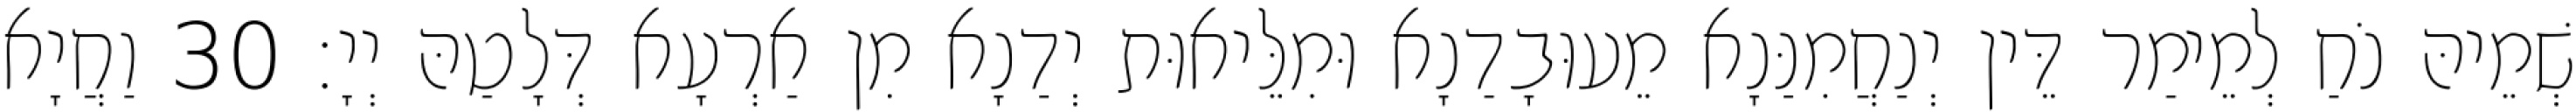
שְׁמֵיהּ נֹחַ לְמֵימַר דֵּין יְנַחֲמִנַּנָא מֵעוּבָדַנָא וּמִלֵּיאוּת יְדַנָא מִן אַרְעָא דְּלָטַהּ יְיָ׃ 30 וַחֲיָא